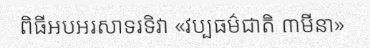
ពិធីអបអរសាទរទិវា «វប្បធម៌ជាតិ ៣មីនា»